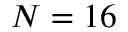
N = 1 6